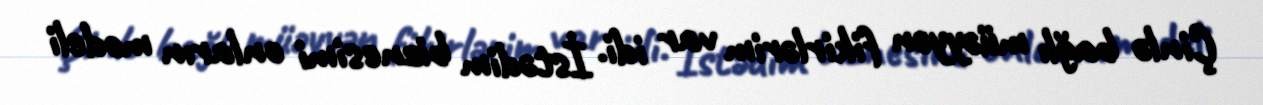
Çinlə bağlı müəyyən fikirlərim var idi. İstədim biznesimi onların modeli